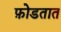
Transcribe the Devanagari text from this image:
फ़ोडतात